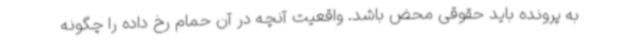
به پرونده باید حقوقی محض باشد. واقعیت آنچه در آن حمام رخ داده را چگونه